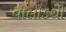
વાલોડથી